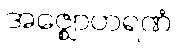
အဇ္ဈောဟရဏံ